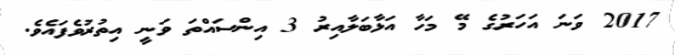
2017 ވަނަ އަހަރުގެ މޭ މަހާ އަޅާބަލާއިރު 3 އިންސައްތަ ވަނީ އިތުރުވެފައެވެ.